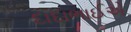
દાદાભાઈએ